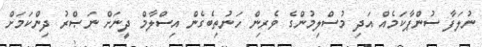
ނުލަފާ ސުންޕާކަމެއް އަދި މުސްލިމުންގެ ވެރިން ހަނުތިބެގެން އިސްލާމް ދީނަށް ނަޞްރު ދިންކަމަށް